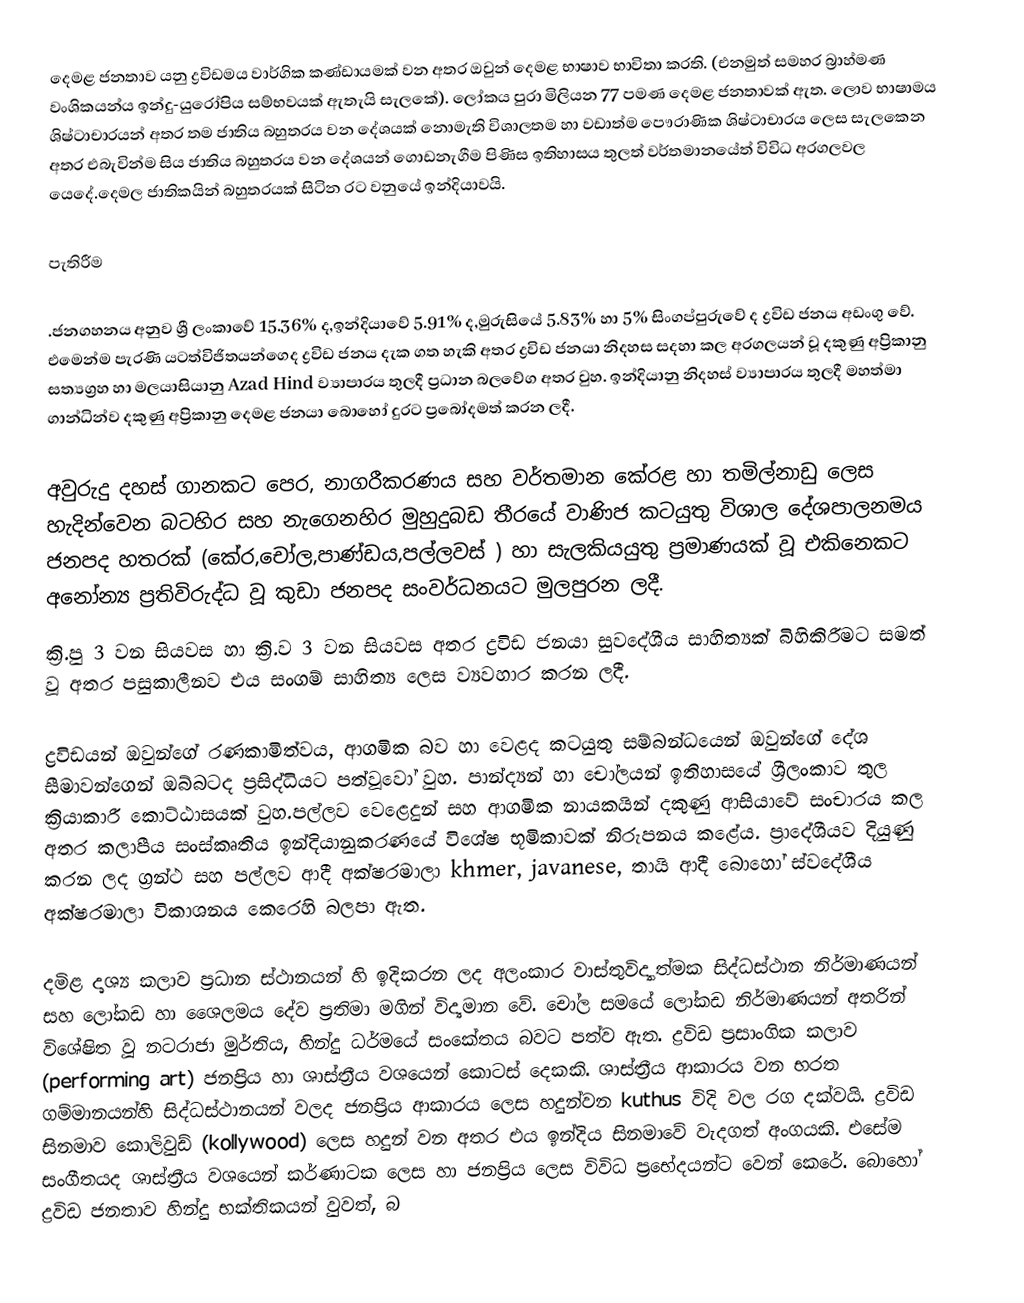
දෙමළ ජනතාව යනු ද්‍රවිඩමය වාර්ගික කණ්ඩායමක් වන  අතර ඔවුන් දෙමළ භාෂාව භාවිතා කරති. (එනමුත් සමහර බ්‍රාහ්මණ  වංශිකයන්ය ඉන්දු-යුරෝපිය සම්භවයක් ඇතැයි සැලකේ). ලෝකය පුරා  මිලියන 77 පමණ දෙමළ ජනතාවක් ඇත. ලොව භාෂාමය ශිෂ්ටාචාරයන් අතර    තම ජාතිය බහුතරය වන දේශයක් නොමැති විශාලතම හා වඩාත්ම පෞරාණික ශිෂ්ටාචාරය ලෙස සැලකෙන අතර එබැවින්ම සිය ජාතිය බහුතරය වන දේශයන් ගොඩනැගීම පිණිස ඉතිහාසය තුලත් වර්තමානයේත් විවිධ අරගලවල යෙදේ.දෙමල ජාතිකයින් බහුතරයක් සිටින රට වනුයේ ඉන්දියාවයි.

පැතිරීම

.ජනගහනය අනුව ශ්‍රී ලංකාවේ 15.36% ද,ඉන්දියාවේ 5.91% ද,මුරුසියේ 5.83% හා 5% සිංගප්පුරුවේ ද ද්‍රවිඩ ජනය අඩංගු වේ. එමෙන්ම පැරණි යටත්විජිතයන්ගෙද  ද්‍රවිඩ ජනය දැක ගත හැකි අතර ද්‍රවිඩ ජනයා  නිදහස සදහා කල අරගලයන් වූ දකුණු අප්‍රිකානු සත්‍යග්‍රහ හා මලයාසියානු Azad Hind  ව්‍යාපාරය තුලදී ප්‍රධාන බලවේග අතර වුහ.  ඉන්දියානු නිදහස් ව්‍යාපාරය තුලදී  මහත්මා ගාන්ධින්ව දකුණු අප්‍රිකානු දෙමළ ජනයා බොහෝ දුරට ප්‍රබෝදමත් කරන ලදී.

අවුරුදු දහස් ගානකට පෙර, නාගරීකරණය සහ වර්තමාන කේරළ  හා තමිල්නාඩු ලෙස හැදින්වෙන බටහිර සහ නැගෙනහිර මුහුදුබඩ තීරයේ වාණිජ කටයුතු  විශාල දේශපාලනමය ජනපද හතරක් (කේර,චෝල,පාණ්ඩය,පල්ලවස් ) හා සැලකියයුතු ප්‍රමාණයක් වූ එකිනෙකට අනෝන්‍ය ප්‍රතිවිරුද්ධ වූ කුඩා ජනපද සංවර්ධනයට මුලපුරන ලදී.
ක්‍රි.පු 3 වන සියවස හා ක්‍රි.ව  3 වන සියවස අතර ද්‍රවිඩ ජනයා සුවදේශීය සාහිත්‍යක් බිහිකිරීමට සමත් වූ අතර පසුකාලීනව එය සංගම් සාහිත්‍ය ලෙස ව්‍යවහාර කරන ලදී.

ද්‍රවිඩයන් ඔවුන්ගේ රණකාමිත්වය, ආගමික බව හා වෙළද කටයුතු සම්බන්ධයෙන් ඔවුන්ගේ දේශ සීමාවන්ගෙන් ඔබ්බටද ප්‍රසිද්ධියට පත්වූවෝ වුහ. පාන්ද්‍යන් හා චෝලයන් ඉතිහාසයේ ශ්‍රීලංකාව තුල ක්‍රියාකාරී කොට්ඨාසයක් වුහ.පල්ලව වෙළෙදුන් සහ ආගමික නායකයින් දකුණු ආසියාවේ සංචාරය කල අතර කලාපීය සංස්කෘතිය ඉන්දියානුකරණයේ විශේෂ භූමිකාවක් නිරුපනය කළේය. ප්‍රාදේශීයව දියුණු කරන ලද ග්‍රන්ථ සහ පල්ලව ආදී අක්ෂරමාලා khmer, javanese, තායි ආදී බොහෝ ස්වදේශීය අක්ෂරමාලා විකාශනය කෙරෙහි බලපා ඇත.

දමිළ දෘශ්‍ය කලාව ප්‍රධාන ස්ථානයන් හි ඉදිකරන ලද අලංකාර වාස්තුවිද්‍යාත්මක සිද්ධස්ථාන නිර්මාණයන් සහ ලෝකඩ හා ශෛලමය දේව ප්‍රතිමා මගින් විද්‍යමාන වේ. චෝල සමයේ ලෝකඩ නිර්මාණයන් අතරින් විශේෂිත වූ නටරාජා මුර්තිය, හින්දු ධර්මයේ සංකේතය බවට පත්ව ඇත. ද්‍රවිඩ ප්‍රසාංගික කලාව (performing art) ජනප්‍රිය හා ශාස්ත්‍රීය වශයෙන් කොටස් දෙකකි. ශාස්ත්‍රීය ආකාරය වන භරත ගම්මානයන්හි සිද්ධස්ථානයන් වලද ජනප්‍රිය ආකාරය ලෙස හදුන්වන kuthus විදි වල රග දක්වයි. ද්‍රවිඩ සිනමාව කොලිවුඩ් (kollywood) ලෙස හදුන් වන අතර එය ඉන්දිය සිනමාවේ වැදගත් අංගයකි. එසේම සංගීතයද ශාස්ත්‍රීය වශයෙන් කර්ණාටක ලෙස හා ජනප්‍රිය ලෙස විවිධ ප්‍රභේදයන්ට වෙන් කෙරේ. බොහෝ ද්‍රවිඩ ජනතාව හින්දු භක්තිකයන් වුවත්, බ